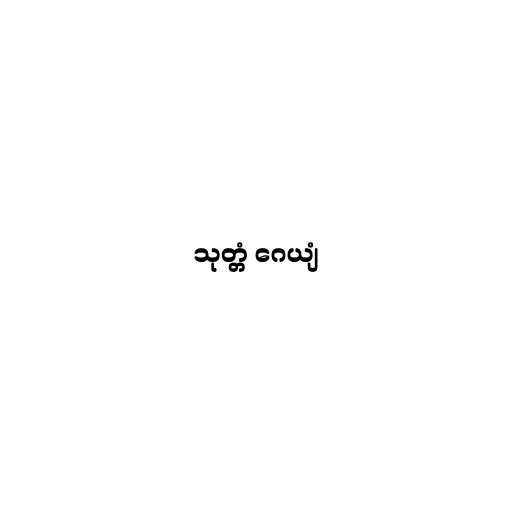
သုတ္တံ ဂေယျံ